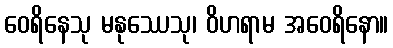
ဝေရိနေသု မနုဿေသု၊ ဝိဟရာမ အဝေရိနော။